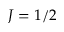
J = 1 / 2